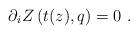
LaTeX: \begin{align*}\partial_i Z \left( t(z), q \right) =0 \ .\end{align*}